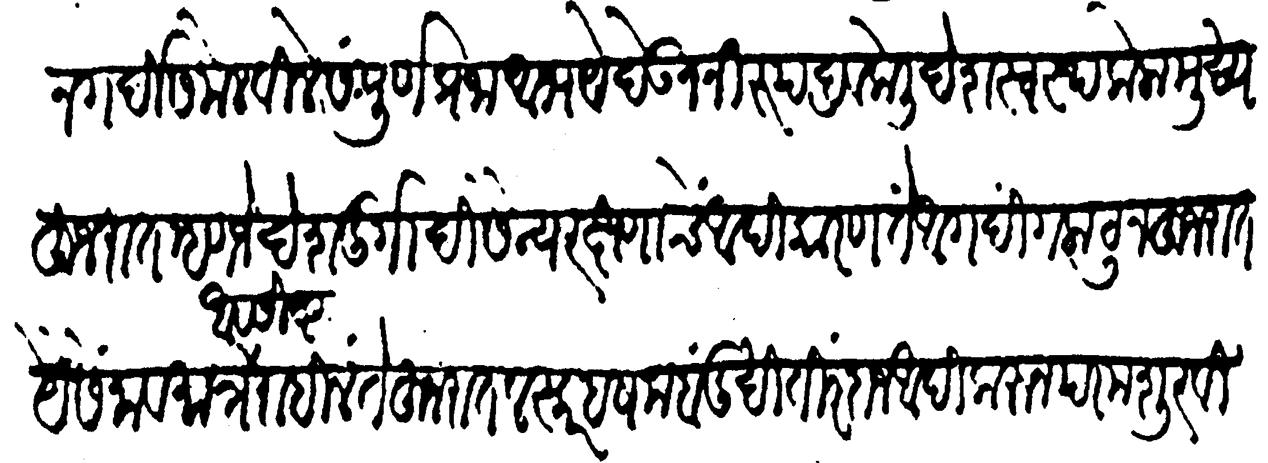
Transliteration (Devanagari): न गर्दीस मेळविले संपूर्ण प्रजा आभय देऊन निरुपद्रव केली देश स्वस्थ केला मुख्य हुजरात म्हणजे देश दुर्गादि सैन्य रक्षणाचें आदिकरण तें आगदी गळाटून हुजरात यैसें नांव मात्र अवशिष्ट राहिलें ते हुजरात लस्कर हशम बंदुक्खी तिरंदाज आदिकरून परम शूर विश्वासू